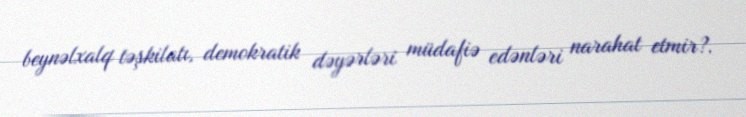
beynəlxalq təşkilatı, demokratik dəyərləri müdafiə edənləri narahat etmir?.